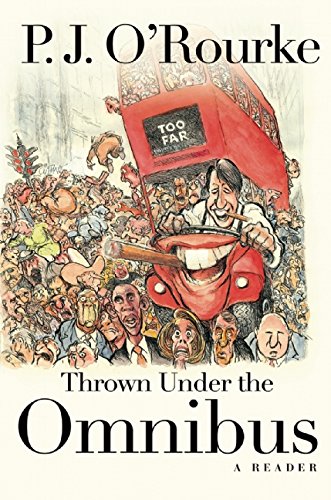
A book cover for Thrown Under the Omnibus: A Reader; P.  J. O'Rourke; Humor & Entertainment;